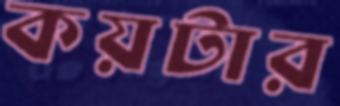
কয়টার